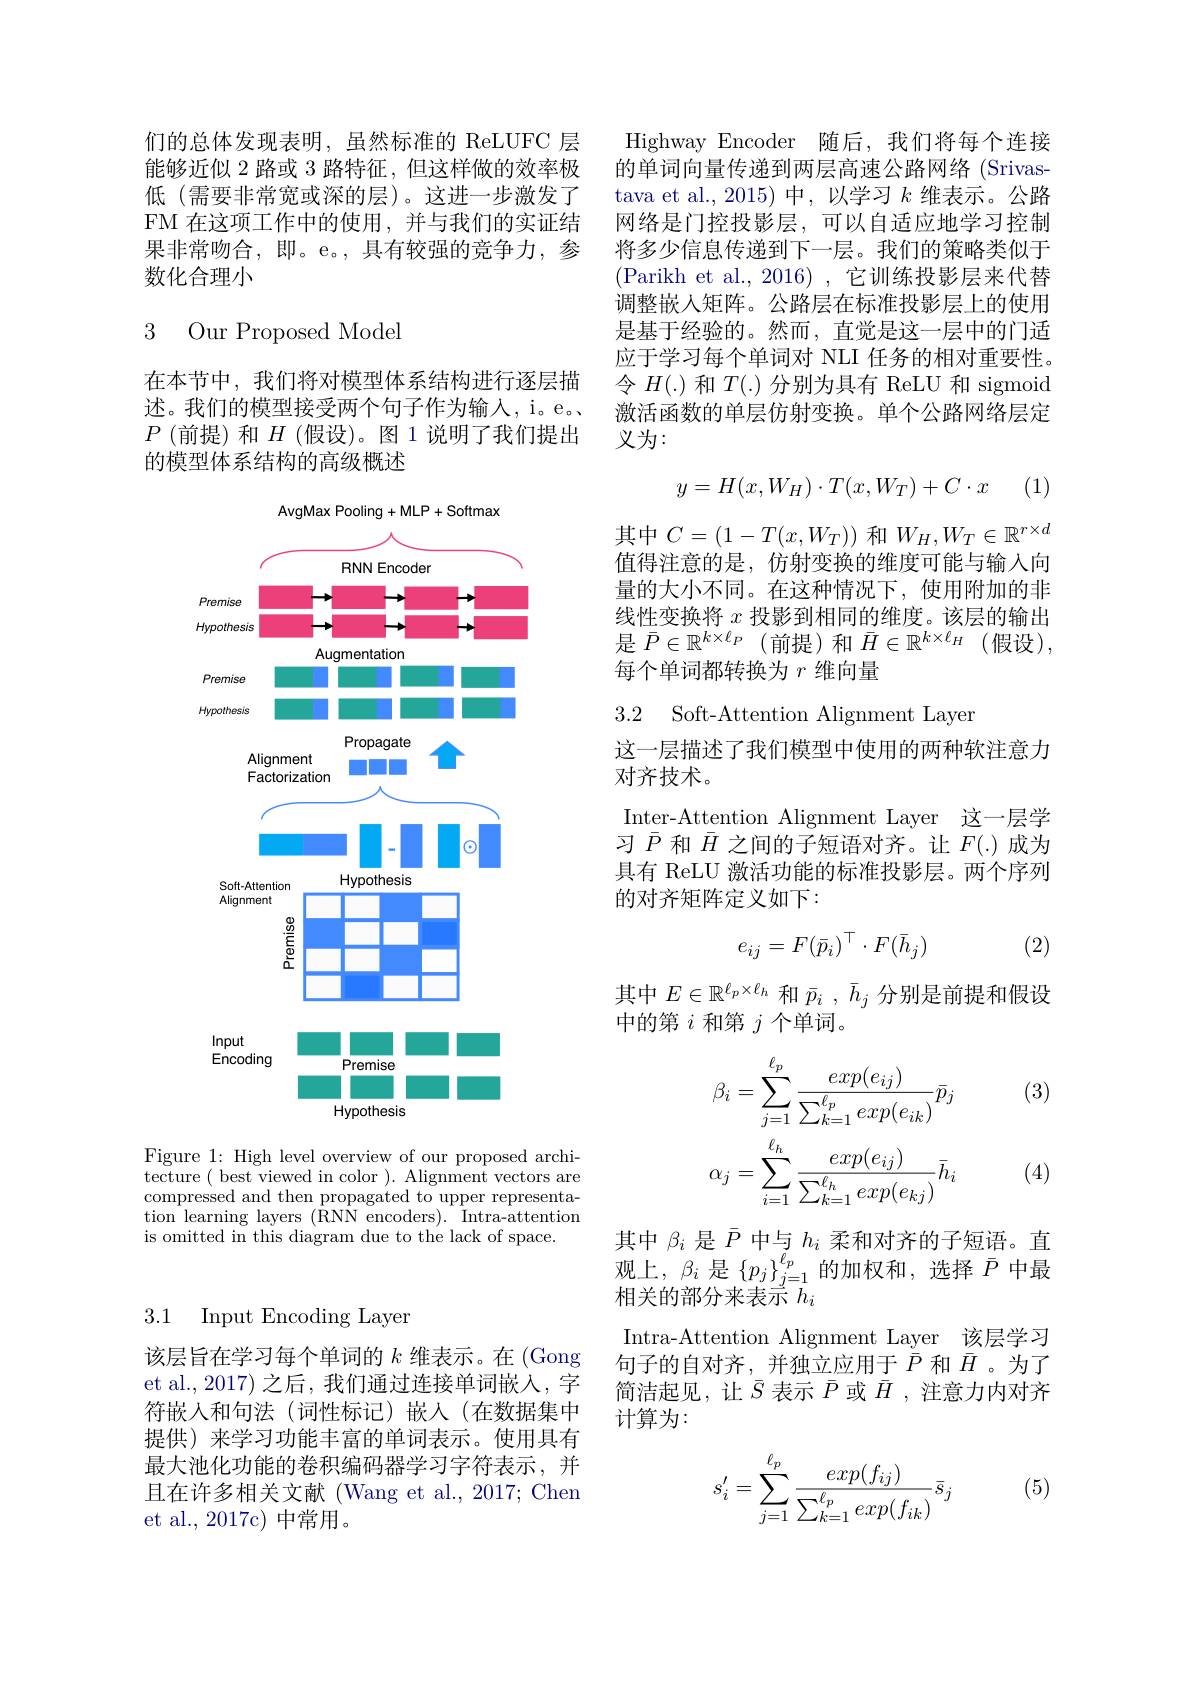
3.1 Input Encoding Layer

该层旨在学习每个单词的$k$维表示。在 (Gong et al., 2017) 之后，我们通过连接单词嵌入，字符嵌入和句法(词性标记)嵌入(在数据集中提供)来学习功能丰富的单词表示。使用具有最大池化功能的卷积编码器学习字符表示，并且在许多相关文献 (Wang et al., 2017; Chen et al., 2017c) 中常用。

们的总体发现表明，虽然标准的 ReLUFC 层能够近似 2 路或 3 路特征，但这样做的效率极低(需要非常宽或深的层)。这进一步激发了FM 在这项工作中的使用，并与我们的实证结果非常吻合，即。e。,具有较强的竞争力，参数化合理小

### 3 Our Proposed Model

在本节中，我们将对模型体系结构进行逐层描述。我们的模型接受两个句子作为输人，i。e。$P$(前提)和$H$(假设)。图1说明了我们提出的模型体系结构的高级概述

<FigureHere>

Figure 1: High level overview of our proposed architecture( best viewed in color ). Alignment vectors are compressed and then propagated to upper representation learning layers (RNN encoders). Intra-attention is omitted in this diagram due to thé lack of space.

Highway Encoder 随后，我们将每个连接的单词向量传递到两层高速公路网络(Srivastava et al.,2015)中，以学习$k$维表示。公路网络是门控投影层，可以自适应地学习控制将多少信息传递到下一层。我们的策略类似于(Parikh et al., 2016), 它训练投影层来代替调整嵌入矩阵。公路层在标准投影层上的使用是基于经验的。然而，直觉是这一层中的门适应于学习每个单词对 NLI 任务的相对重要性。令$H(.)$和$T(.)$分别为具有 ReLU 和 sigmoid 激活函数的单层仿射变换。单个公路网络层定义为：

(1)
$$y=H(x,W_H)\cdot T(x,W_T)+C\cdot x$$
其中$C=(1-T(x,W_T))$和$W_H,W_T\in\mathbb{R}^r\times d$ 值得注意的是，仿射变换的维度可能与输入向量的大小不同。在这种情况下，使用附加的非线性变换将$x$投影到相同的维度。该层的输出每个单词都转换为$r$维向量

3.2 Soft-Attention Alignment Layer

这一层描述了我们模型中使用的两种软注意力
对齐技术。

Inter-Attention Alignment Layer 这一层学习$\bar{P}$和$\bar{H}$之间的子短语对齐。让$F(.)$成为具有 ReLU 激活功能的标准投影层。两个序列的对齐矩阵定义如下：
$$e_{ij}=F(\bar{p}_i)^\top\cdot F(\bar{h}_j)$$
(2)

其中$E\in\mathbb{R}^{\ell_p\times\ell_h}$和$\bar{p}_i,\bar{h}_j$分别是前提和假设
中的第$i$和第$j$个单词。

(3)
$$\beta_{i}=\sum_{j=1}^{\ell_{p}}\frac{exp(e_{ij})}{\sum_{k=1}^{\ell_{p}}exp(e_{ik})}\bar{p}_{j}\\\alpha_{j}=\sum_{i=1}^{\ell_{h}}\frac{exp(e_{ij})}{\sum_{k=1}^{\ell_{h}}exp(e_{kj})}\bar{h}_{i}$$
(4)

其中$\beta_i$是$\bar{P}$中与$h_i$柔和对齐的子短语。直观上，$\beta_i$ 是$\left\{p_j\right\}_j=1^{\ell_p}$的加权和，选择$\bar{P}$中最相关的部分来表示$\bar{h}_i$
Intra-Attention Alignment Layer 该层学习句子的自对齐，并独立应用于$\bar{\bar{P}}$和$\bar{H}$ 。为了简洁起见，让$\bar{S}$表示$\bar{P}$或$\bar{H}$ ,注意力内对齐计算为：

(5)
$$\begin{aligned}s_i'&=\sum_{j=1}^{\ell_p}\frac{exp(f_{ij})}{\sum_{k=1}^{\ell_p}exp(f_{ik})}\bar{s}_j\end{aligned}$$